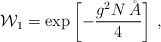
\begin{align*}{\cal W}_1=\exp\left[-\frac{g^2 N \,\AA}4\right]\,,\end{align*}